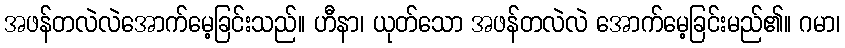
အဖန်တလဲလဲအောက်မေ့ခြင်းသည်။ ဟီနာ၊ ယုတ်သော အဖန်တလဲလဲ အောက်မေ့ခြင်းမည်၏။ ဂမာ၊